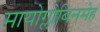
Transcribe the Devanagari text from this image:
मायोग्लोबिनमेह